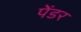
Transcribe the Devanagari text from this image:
पेंडर